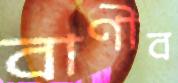
বাণীব